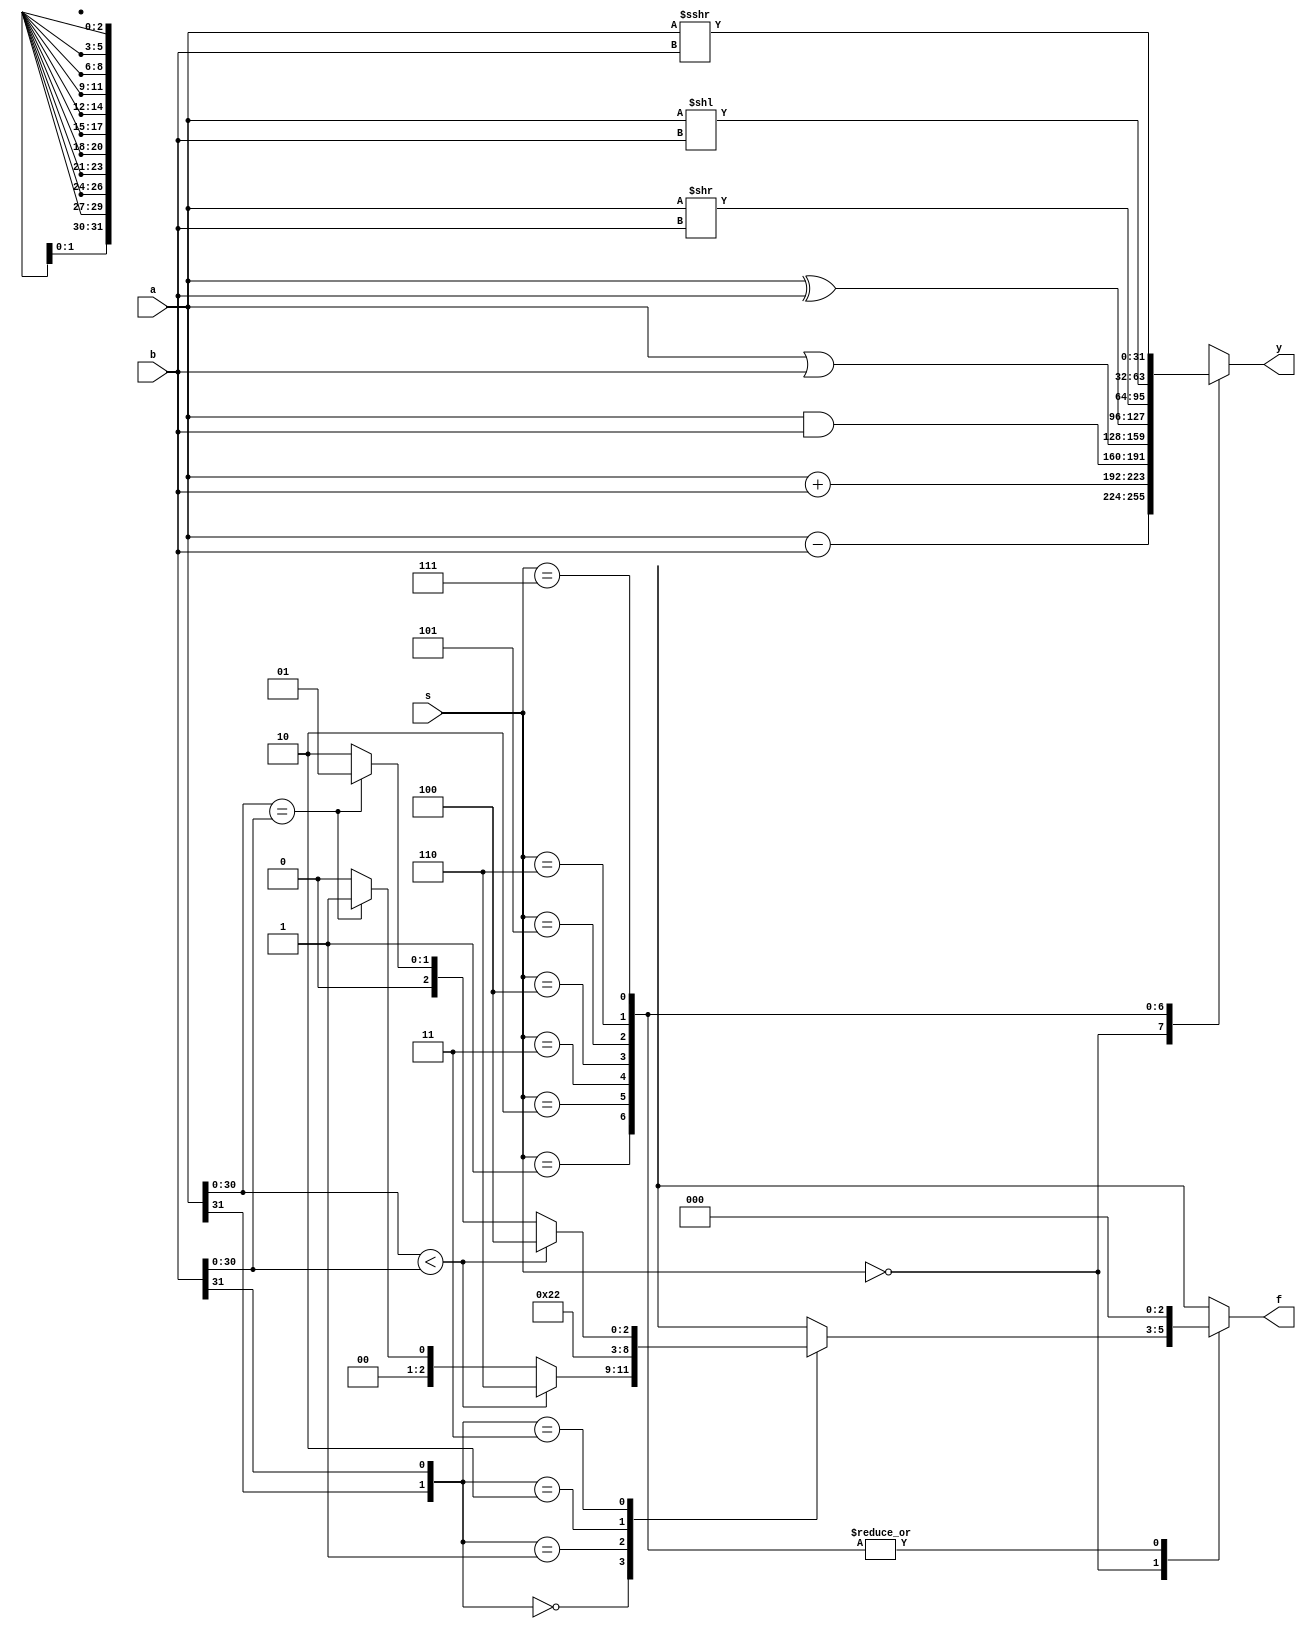
`timescale 1ns / 1ps
//////////////////////////////////////////////////////////////////////////////////
// Company: 
// Engineer: 
// 
// Design Name: 
// Module Name: top
// Project Name: 
// Target Devices: 
// Tool Versions: 
// Description: 
// 
// Dependencies: 
// 
// Revision:
// Revision 0.01 - File Created
// Additional Comments:
// 
//////////////////////////////////////////////////////////////////////////////////


module ALU #(parameter WIDTH = 32)(
    input [WIDTH-1:0] a, b,
    input [2:0] s,
    output [WIDTH-1:0] y,
    output [2:0] f
    );
    reg [WIDTH-1:0] alu_y;
    reg [2:0] alu_f;
    always @(*) 
    begin
        alu_f = 3'b000;
        case(s)
            3'b000: begin
                alu_y = a - b;
                if (WIDTH == 1) begin
                    if (a > b)
                        alu_f = 3'b010;
                    else if (a == b)
                        alu_f = 3'b001;
                    else
                        alu_f = 3'b100;
                end
                else begin
                    case({a[WIDTH-1], b[WIDTH-1]})
                        2'b00: begin
                            if (a[WIDTH-2:0] < b[WIDTH-2:0])
                                alu_f = 3'b110;
                            else if (a[WIDTH-2:0] == b[WIDTH-2:0])
                                alu_f = 3'b001;
                            else
                                alu_f = 3'b000;
                        end
                        2'b01: begin
                            alu_f = 3'b100;
                        end
                        2'b10: begin
                            alu_f = 3'b010;
                        end
                        2'b11: begin
                            if (a[WIDTH-2:0] < b[WIDTH-2:0])
                                alu_f = 3'b100;
                            else if (a[WIDTH-2:0] == b[WIDTH-2:0])
                                alu_f = 3'b001;
                            else
                                alu_f = 3'b010;
                        end
                    endcase
                end
            end
            3'b001: begin
                alu_y = a + b;
            end
            3'b010: begin
                alu_y = a & b;
            end
            3'b011: begin
                alu_y = a | b;
            end
            3'b100: begin
                alu_y = a ^ b;
            end
            3'b101: begin
                alu_y = a >> b;
            end
            3'b110: begin
                alu_y = a << b;
            end
            3'b111: begin
                alu_y = a >>> b;
            end
        endcase
    end
    assign y = alu_y;
    assign f = alu_f;
endmodule